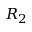
R _ { 2 }